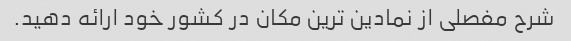
شرح مفصلی از نمادین ترین مکان در کشور خود ارائه دهید.